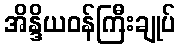
အိန္ဒိယဝန်ကြီးချုပ်